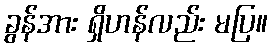
ခွန်အား ရှိဟန်လည်း မပြ။